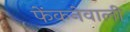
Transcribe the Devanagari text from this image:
फेंकनेवाली